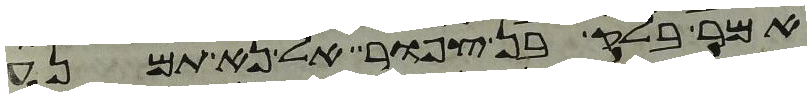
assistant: אמר בלק בן צפור אל נא תמנע